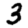
Digit: 3